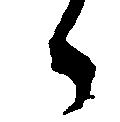
々